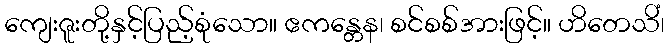
ကျေးဇူးတို့နှင့်ပြည့်စုံသော။ ဧကန္တေန၊ စင်စစ်အားဖြင့်။ ဟိတေသိံ၊